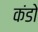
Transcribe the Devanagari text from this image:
कंडो